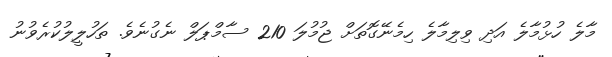
މާލެ ހުޅުމާލެ އަދި ވިލިމާލެ ހިމެނޭގޮތަށް ޖުމުލަ 210 ސާމްޕަލް ނެގުނެވެ. ތަހުލީލުކުރެވުނު